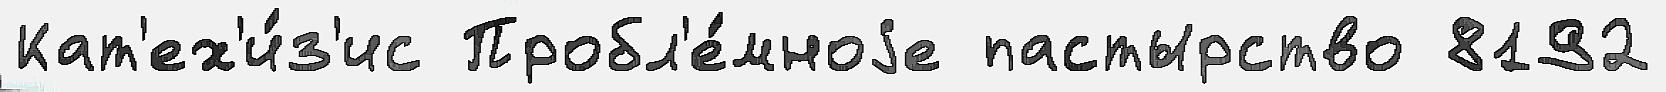
Кат'ех'и́з'ис Пробл'е́мноjе пастырство 8192